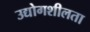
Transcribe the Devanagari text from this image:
उद्योगशीलता